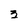
Character: 3